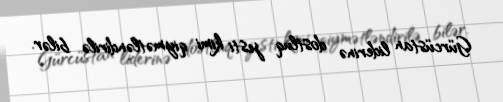
Gürcüstan liderinə dostluq jesti kimi qiymətləndirilə bilər.